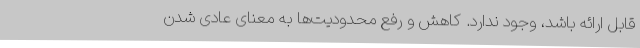
قابل ارائه باشد، وجود ندارد. کاهش و رفع محدودیت‌ها به معنای عادی شدن